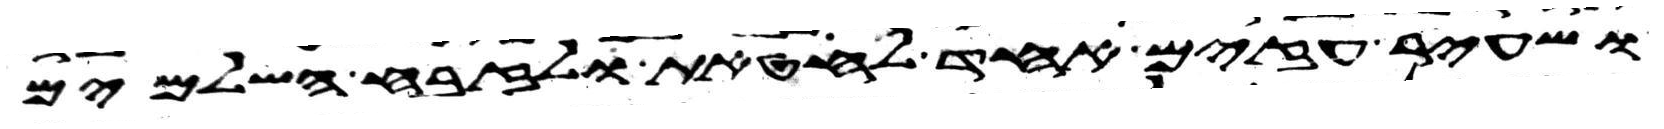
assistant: ושעיר עזים אחד לחטאת ולזבח השלמים